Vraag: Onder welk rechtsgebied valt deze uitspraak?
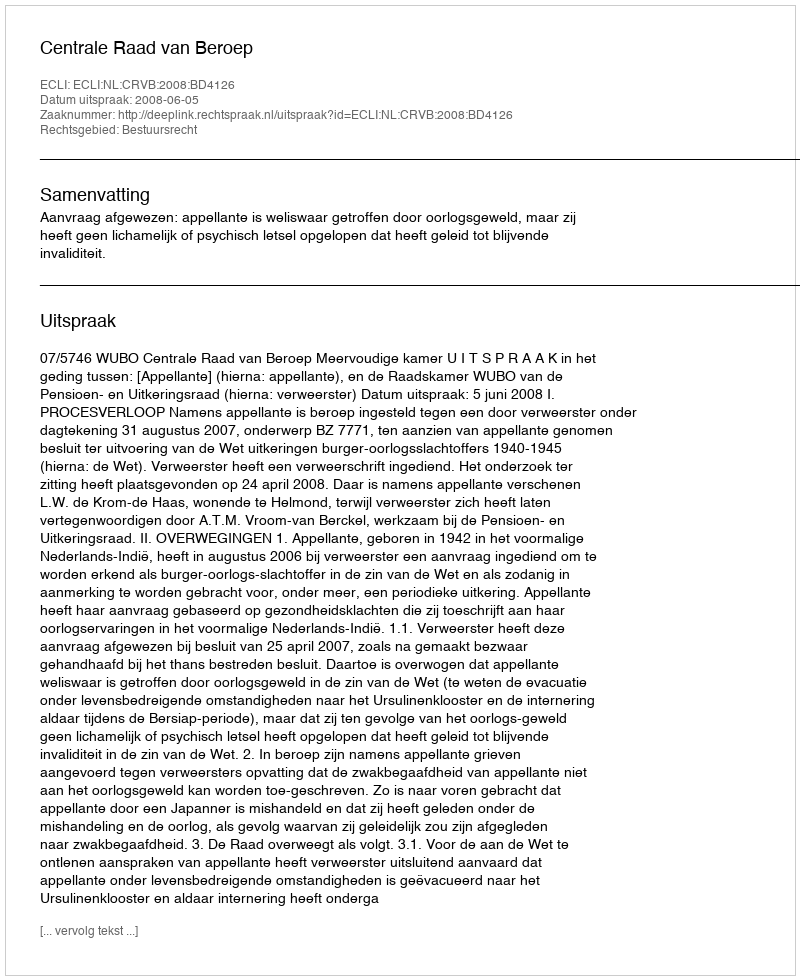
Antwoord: Bestuursrecht